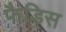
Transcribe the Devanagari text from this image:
फैडिस